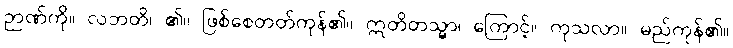
ဉာဏ်ကို။ လဘတိ၊ ၏။ ဖြစ်စေတတ်ကုန်၏။ ဣတိတသ္မာ၊ ကြောင့်။ ကုသလာ။ မည်ကုန်၏။